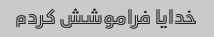
خدایا فراموشش کردم